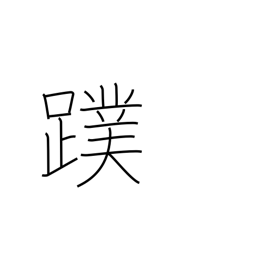
Meaning: webfoot